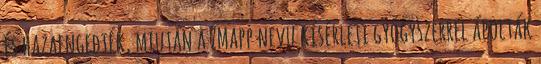
és hazaengedték, miután a ZMapp nevű kísérleti gyógyszerrel ápolták